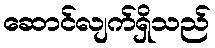
ဆောင်လျက်ရှိသည်